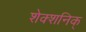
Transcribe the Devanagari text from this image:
शेक्शनिक्